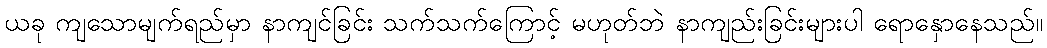
ယခု ကျသောမျက်ရည်မှာ နာကျင်ခြင်း သက်သက်ကြောင့် မဟုတ်ဘဲ နာကျည်းခြင်းများပါ ရောနှောနေသည်။